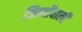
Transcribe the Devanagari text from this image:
जिल्दोंवाली